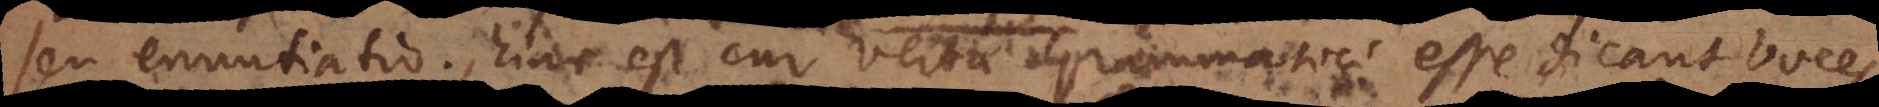
seu enuntiatio, hinc est cur verba Grammatici esse dicant voces